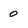
Character: 0